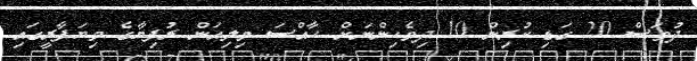
ދުވަސް 20 ގަޑި ކުރިން 10 ދިވެހިންނަށް ހާއްސަ މިލިއަން ރުފިޔާގެ ވިޔަފާރީގައި